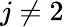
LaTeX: j\neq 2